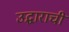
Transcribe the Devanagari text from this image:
उद्धाराची